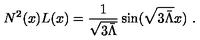
N ^ { 2 } ( x ) L ( x ) = \frac { 1 } { \sqrt { 3 \bar { \Lambda } } } \sin ( \sqrt { 3 \bar { \Lambda } } x ) \ .